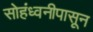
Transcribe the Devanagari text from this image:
सोहंध्वनीपासून